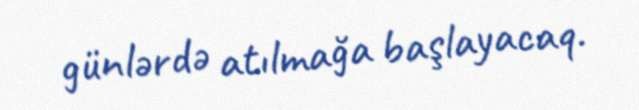
günlərdə atılmağa başlayacaq.